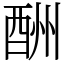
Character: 酬